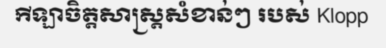
កីឡាចិត្តសាស្ត្រសំខាន់ៗ របស់ Klopp